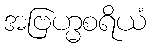
အဗြဟ္မစရိယံ